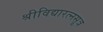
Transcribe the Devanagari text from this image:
श्रीविद्यारत्नसूत्र